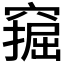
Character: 𫁗